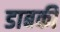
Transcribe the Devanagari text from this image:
डाबकी